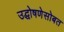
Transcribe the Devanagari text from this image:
उद्घोषणेसोबत